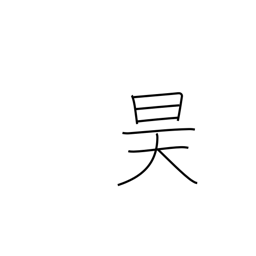
Meaning: sky